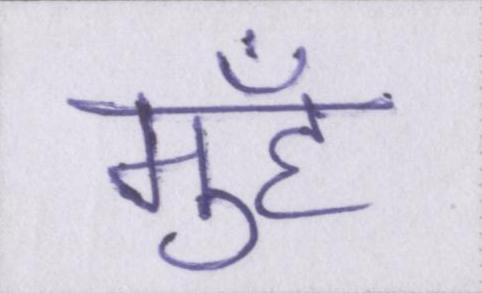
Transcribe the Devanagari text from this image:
मुँह